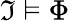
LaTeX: {\mathfrak{I}}\vDash\Phi